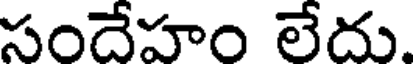
సందేహం లేదు.